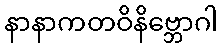
နာနာကတဝိနိဗ္ဘောဂါ